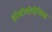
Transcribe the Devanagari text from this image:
होमोयोपैथिक